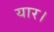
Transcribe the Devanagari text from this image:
यार।